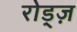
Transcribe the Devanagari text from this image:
रोड्ज़